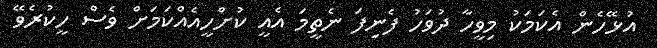
އުޅޭހެން އެކަމަކު މިވީހާ ދުވަހު ފެނިފަ ނެތީމަ އެއީ ކުށްހީއެއްކަމަށް ވެސް ހީކުރެވޭ